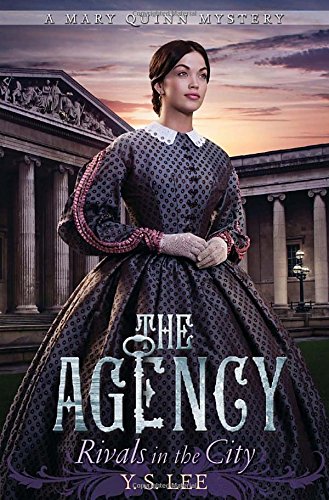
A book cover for The Agency 4: Rivals in the City (The Agency Mysteries); Y.S. Lee; Teen & Young Adult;